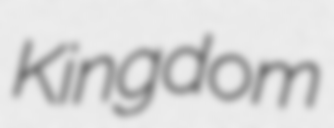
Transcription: Kingdom